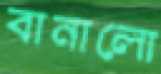
বানালো